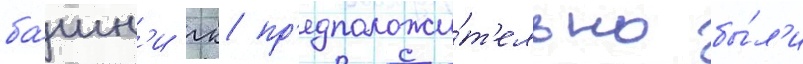
ба́шн'и гк пр'едположи́т'ельно бы́л'и